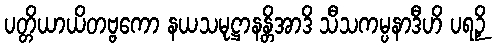
ပတ္တိယာယိတဗ္ဗကော နယသမုဋ္ဌာနန္တိအာဒိ သီသကမ္ပနာဒီဟိ ပရဉှိ